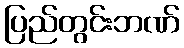
ပြည်တွင်းဘဏ်